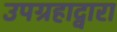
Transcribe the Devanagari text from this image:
उपग्रहाद्वारा